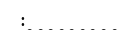
: